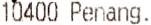
10400 PENANG.